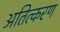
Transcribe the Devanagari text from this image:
अतित्करण